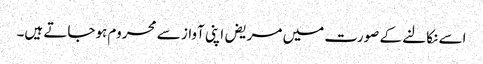
اسے نکالنے کے صورت میں مریض اپنی آواز سے محروم ہوجاتے ہیں۔